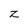
Character: z